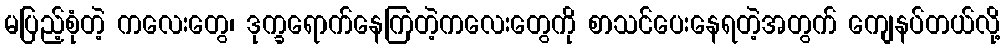
မပြည့်စုံတဲ့ ကလေးတွေ၊ ဒုက္ခရောက်နေကြတဲ့ကလေးတွေကို စာသင်ပေးနေရတဲ့အတွက် ကျေနပ်တယ်လို့